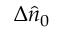
\Delta \hat { n } _ { 0 }